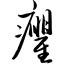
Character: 癯